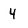
Character: 4